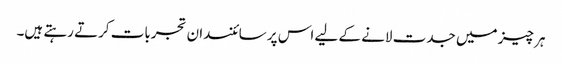
ہر چیز میں جدت لانے کے لیے اس پر سائنسدان تجربات کرتے رہتے ہیں۔